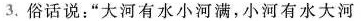
3.俗话说：”大河有水小河满，小河有水大河